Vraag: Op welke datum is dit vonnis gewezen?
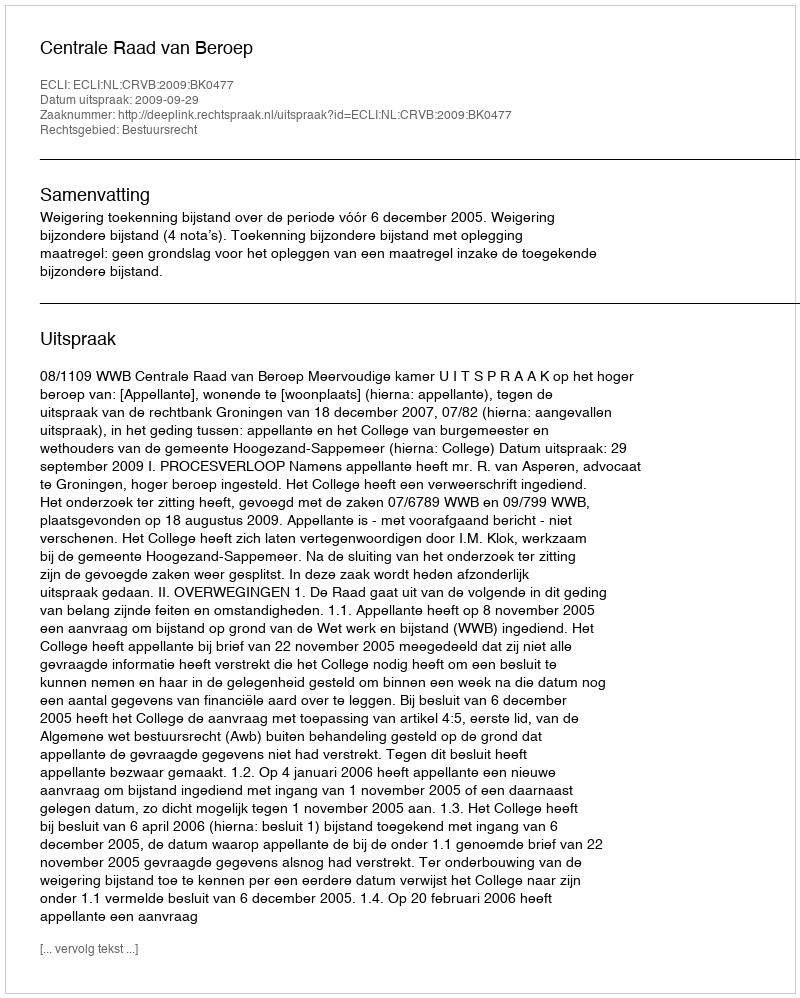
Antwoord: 2009-09-29